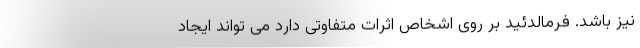
نیز باشد. فرمالدئید بر روی اشخاص اثرات متفاوتی دارد می تواند ایجاد